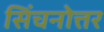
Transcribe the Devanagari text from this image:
सिंचनोत्तर